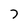
Character: 7